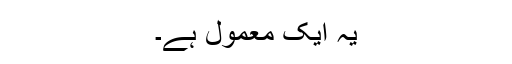
یہ ایک معمول ہے۔